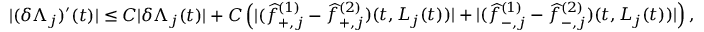
\begin{array} { r l } & { | ( \delta \Lambda _ { j } ) ^ { \prime } ( t ) | \le C | \delta \Lambda _ { j } ( t ) | + C \left( | ( \widehat f _ { + , j } ^ { ( 1 ) } - \widehat f _ { + , j } ^ { ( 2 ) } ) ( t , L _ { j } ( t ) ) | + | ( \widehat f _ { - , j } ^ { ( 1 ) } - \widehat f _ { - , j } ^ { ( 2 ) } ) ( t , L _ { j } ( t ) ) | \right) , } \end{array}